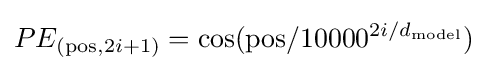
PE_{({\rm {pos}},2i+1)}=\cos({\rm {pos}}/{10000}^{2i/d_{\rm {model}}})